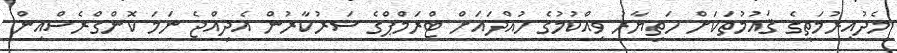
މެދުއިރުމަތީގެ ޤައުމުތަކަށް ހަތިޔާރު ވިއްކުމުގެ ހުއްދައަށް ޓްރަމްޕްގެ ސަރުކާރުން އެެދިއްޖެ ނަމަ ކޮންގްރެސްއިން